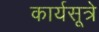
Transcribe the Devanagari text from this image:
कार्यसूत्रे